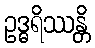
ဥဒ္ဓရိဿန္တိ